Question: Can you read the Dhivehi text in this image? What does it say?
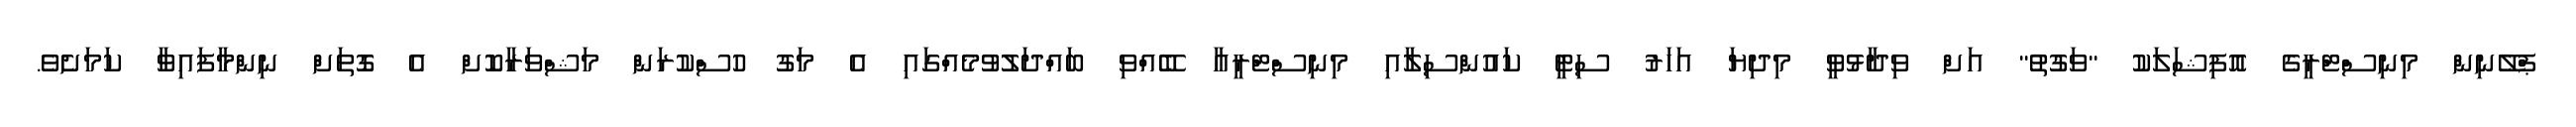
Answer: ޕްލޭނިން މިނިސްޓްރީގެ އޮފިޝަލަކު "ވަގުތު" އަށް ވިދާޅުވީ މިދިޔަ އަހަރު ސިޓީ ކައުންސިލާއި މިނިސްޓްރީއާ ބޭއްވި ބައްދަލުވުމެއްގައި އެ މަގު ހުސްކުރަން މަޝްވަރާކޮށް އެ ގޮތަށް ނިންމާފައިވާ ކަމަށެވެ.